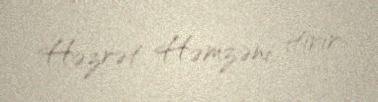
Həzrət Həmzəni itirir.